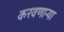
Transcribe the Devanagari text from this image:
करवणार्‍या